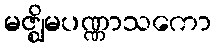
မဇ္ဈိမပဏ္ဏာသကော